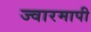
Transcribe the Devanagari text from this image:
ज्वारमापी